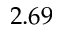
2 . 6 9